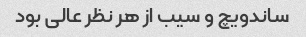
ساندویچ و سیب از هر نظر عالی بود